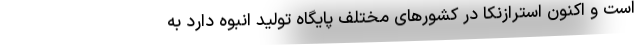
است و اکنون استرازنکا در کشورهای مختلف پایگاه تولید انبوه دارد به